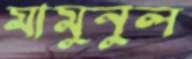
মামুনুল